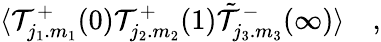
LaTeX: \langle{\cal T}_{j_{1}.m_{1}}^{+}(0){\cal T}_{j_{2}.m_{2}}^{+}(1)\tilde{\cal T}_{j_{3}.m_{3}}^{-}(\infty)\rangle\quad,